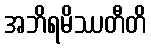
အဘိရမိဿတီတိ